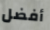
أفضل